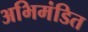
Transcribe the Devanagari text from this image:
अभिमंडित